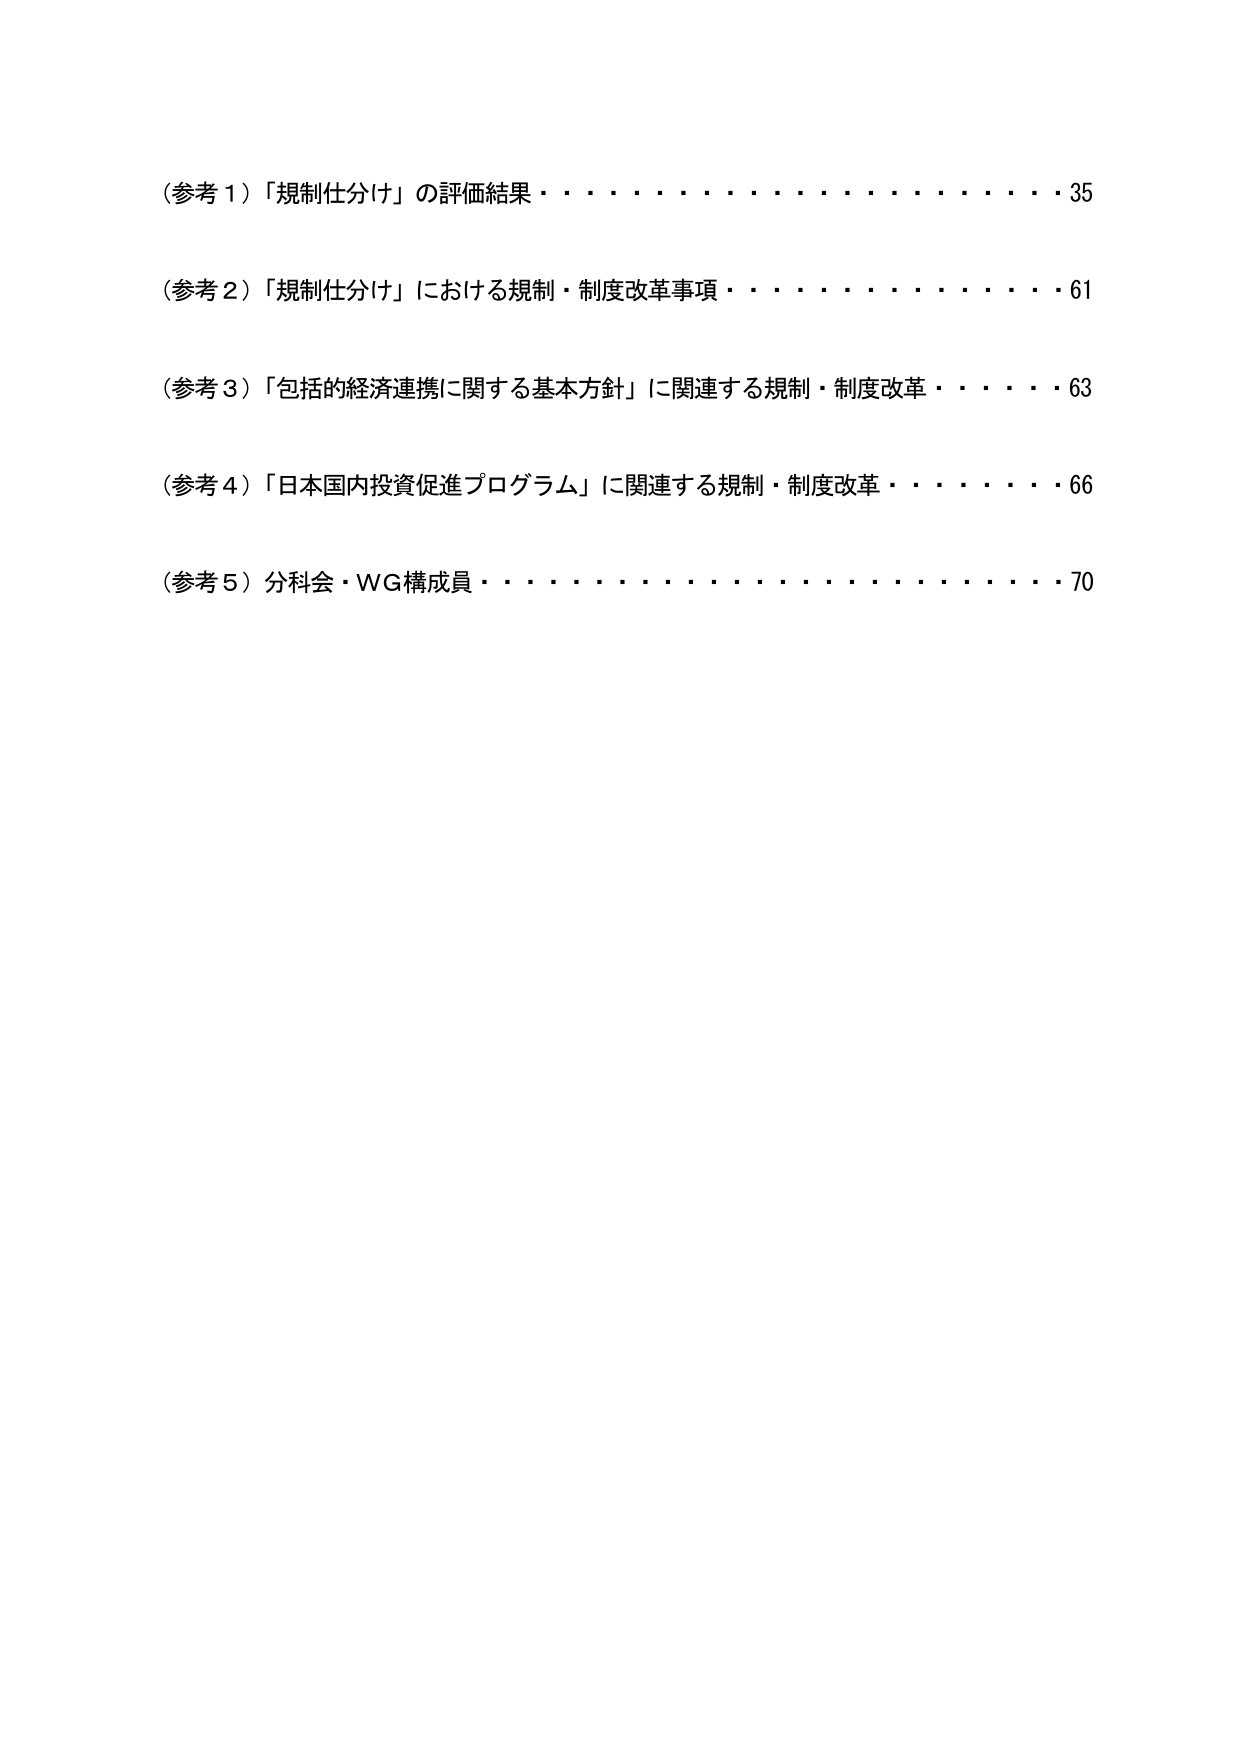
（参考１）「規制仕分け」の評価結果・・・・・・・・・・・・・・・・・・35
（参考２）「規制仕分け」における規制・制度改革事項・・・・・・・・・・61
（参考３）「包括的経済連携に関する基本方針」に関連する規制・制度改革・・・・63
（参考４）「日本国内投資促進プログラム」に関連する規制・制度改革・・・・66
（参考５）分科会・WG構成員・・・・・・・・・・・・・・・・・・・・・・70